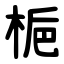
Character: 梔